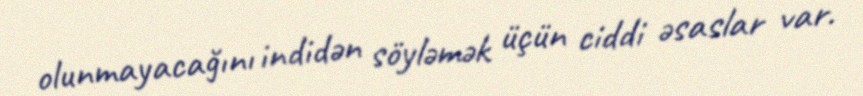
olunmayacağını indidən söyləmək üçün ciddi əsaslar var.